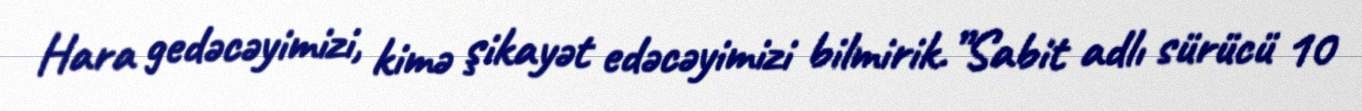
Hara gedəcəyimizi, kimə şikayət edəcəyimizi bilmirik.”Sabit adlı sürücü 10